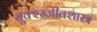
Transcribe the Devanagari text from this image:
सूक्श्म्जीवशास्त्र